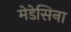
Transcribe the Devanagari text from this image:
मेडेसिना